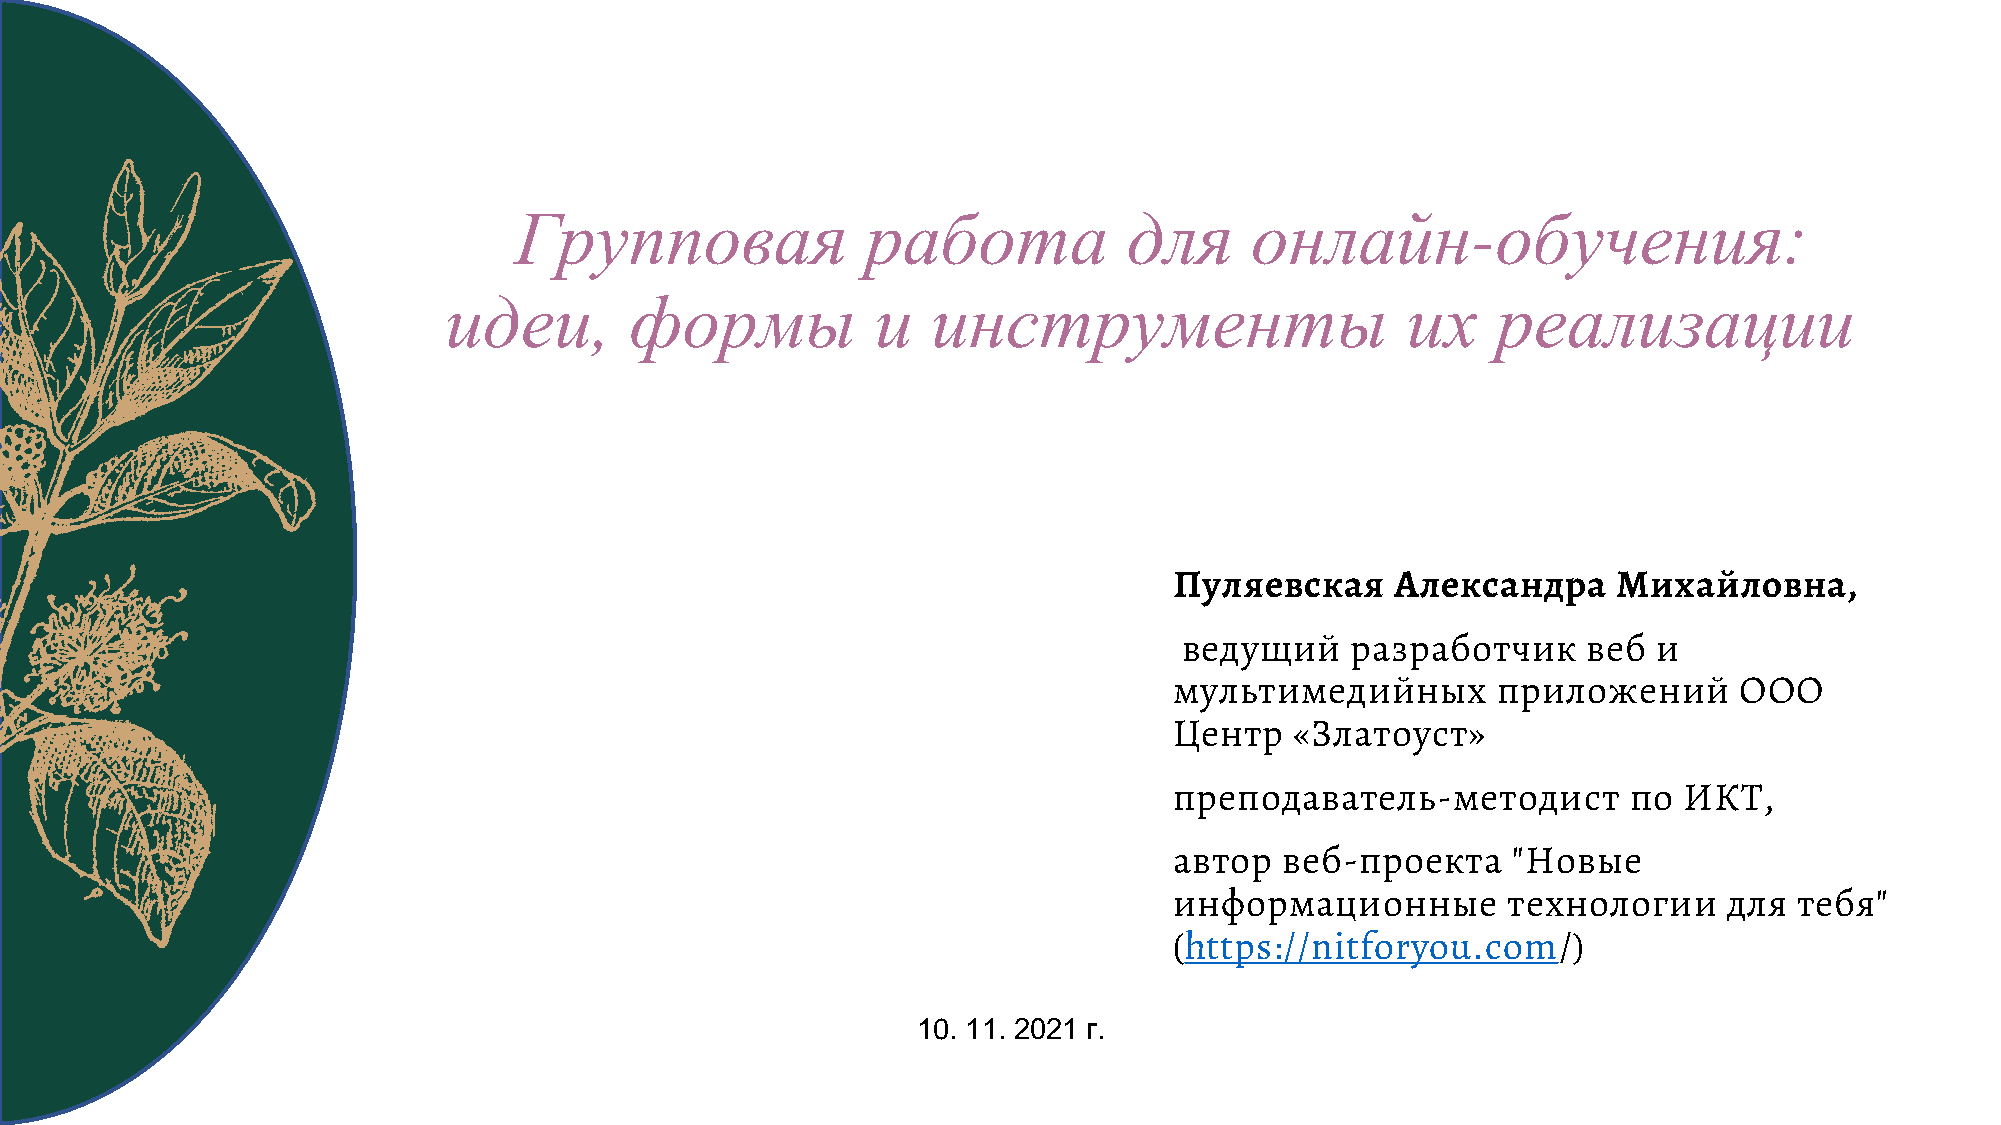
Групповая              работа            для     онлайн-обучения:
 идеи,        формы           и   инструменты                    их    реализации
 Пуляевская    Александра     Михайловна,
 ведущий    разработчик     веб  и
 мультимедийных       приложений      ООО
 Центр   «Златоуст»
 преподаватель-методист        по ИКТ,
 автор  веб-проекта    "Новые
 информационные        технологии    для  тебя"
 (https://nitforyou.com/)
 10. 11. 2021 г.